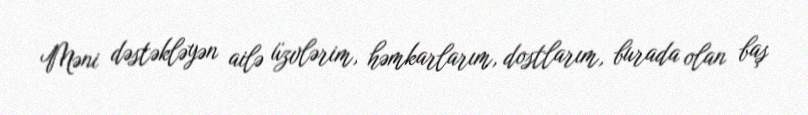
Məni dəstəkləyən ailə üzvlərim, həmkarlarım, dostlarım, burada olan baş